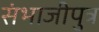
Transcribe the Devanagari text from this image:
संभाजीपुत्र